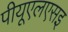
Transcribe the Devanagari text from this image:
पीयूएलएसइ